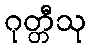
ဂုတ္တီသု